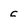
Character: c